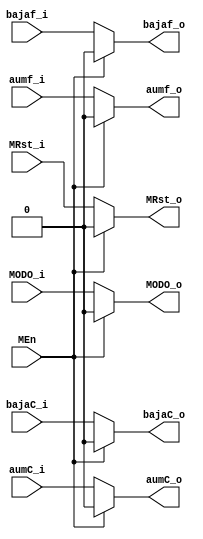
`timescale 1ns / 1ps
//////////////////////////////////////////////////////////////////////////////////
// Company: 
// 
// Design Name: 
// Module Name:    ControlPrincipal 
// Project Name: 
// Target Devices: 
// Tool versions: 
// Description: 
//
// Dependencies: 
//
// Revision: 
// Revision 0.01 - File Created
// Additional Comments: 
//
//////////////////////////////////////////////////////////////////////////////////
//Control principal del sistema que posee aumento y disminucion de frecuencia como de correinte
//MEn: enable principal que controla todas las salidas de este bloque por medio de alta impedancia
//MRst: Reset general que controla cundo dejar en el estado por defecto del sistema 

module ControlPrincipal(aumf_i,bajaf_i,aumC_i,bajaC_i,MODO_i,MRst_i,MEn,
								aumf_o,bajaf_o,aumC_o,bajaC_o,MODO_o,MRst_o);
								
input aumf_i,bajaf_i,aumC_i,bajaC_i,MODO_i,MRst_i,MEn;// Entradas del sistema
output reg aumf_o,bajaf_o,aumC_o,bajaC_o,MODO_o,MRst_o;// Salidas del sistema

always @(*)
begin
			if(MEn==1)
			begin
				aumf_o=1'b0;
				bajaf_o=1'b0;
				aumC_o=1'b0;
				bajaC_o=1'b0;
				MODO_o=1'b0;
				MRst_o=1'b0;
			end
			
			else
			begin
				aumf_o=aumf_i;
				bajaf_o=bajaf_i;
				aumC_o=aumC_i;
				bajaC_o=bajaC_i;
				MODO_o=MODO_i;
				MRst_o=MRst_i;
			
			end


end								


endmodule